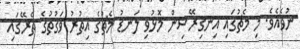
ނުވެއެވެ. މި މެޗުގައި އިނގިރޭސިން މޮޅުވި ލަނޑު މެޗުގެ އިތުރު ވަގުތުގެ ތެރޭގައި